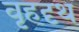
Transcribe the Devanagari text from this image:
वृहदृथ